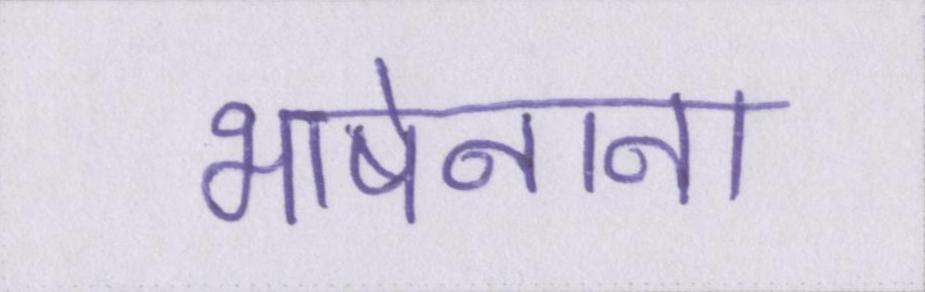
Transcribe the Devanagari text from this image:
भाषेनाना